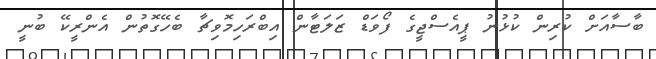
ބާސާއަށް ކުރިން ކުޅުނު ޕީއެސްޖީގެ ފޯވަޑް ޒަލަޓާން އިބްރަހިމޮވިޗާ ބެހޭގޮތުން އެންރީކޭ ބުނީ